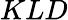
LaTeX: KLD